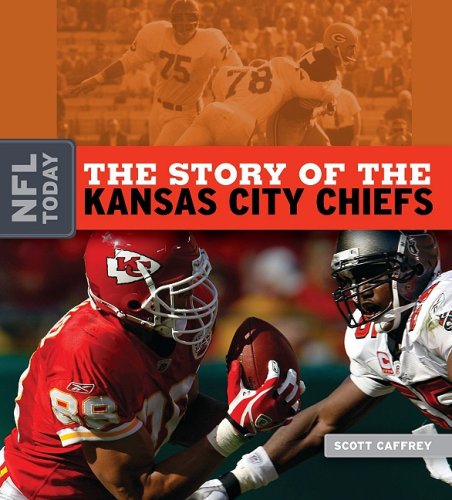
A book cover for The Story of the Kansas City Chiefs (NFL Today); Scott Caffrey; Teen & Young Adult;